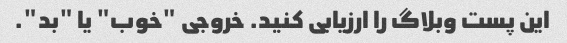
این پست وبلاگ را ارزیابی کنید. خروجی "خوب" یا "بد".